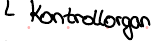
Kontrollorgan